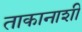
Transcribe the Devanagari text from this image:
ताकानाशी